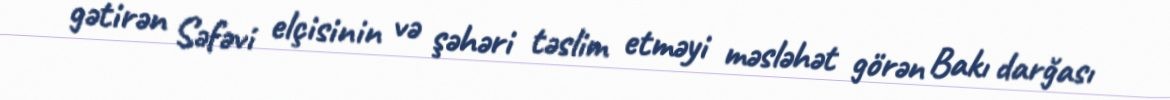
gətirən Səfəvi elçisinin və şəhəri təslim etməyi məsləhət görən Bakı darğası